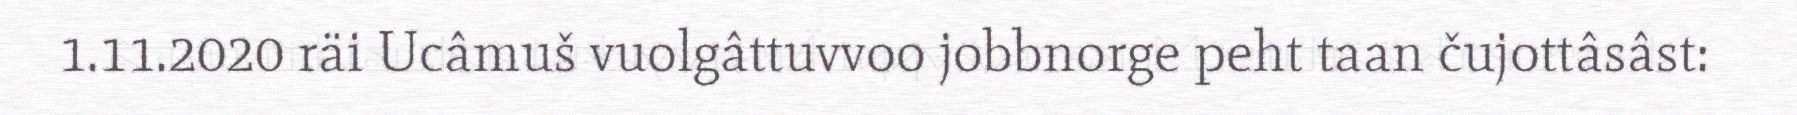
1.11.2020 räi Ucâmuš vuolgâttuvvoo jobbnorge peht taan čujottâsâst: